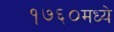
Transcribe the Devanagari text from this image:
१७६०मध्ये